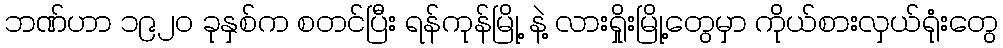
ဘဏ်ဟာ ၁၉၂၀ ခုနှစ်က စတင်ပြီး ရန်ကုန်မြို့ နဲ့ လားရှိုးမြို့တွေမှာ ကိုယ်စားလှယ်ရုံးတွေ